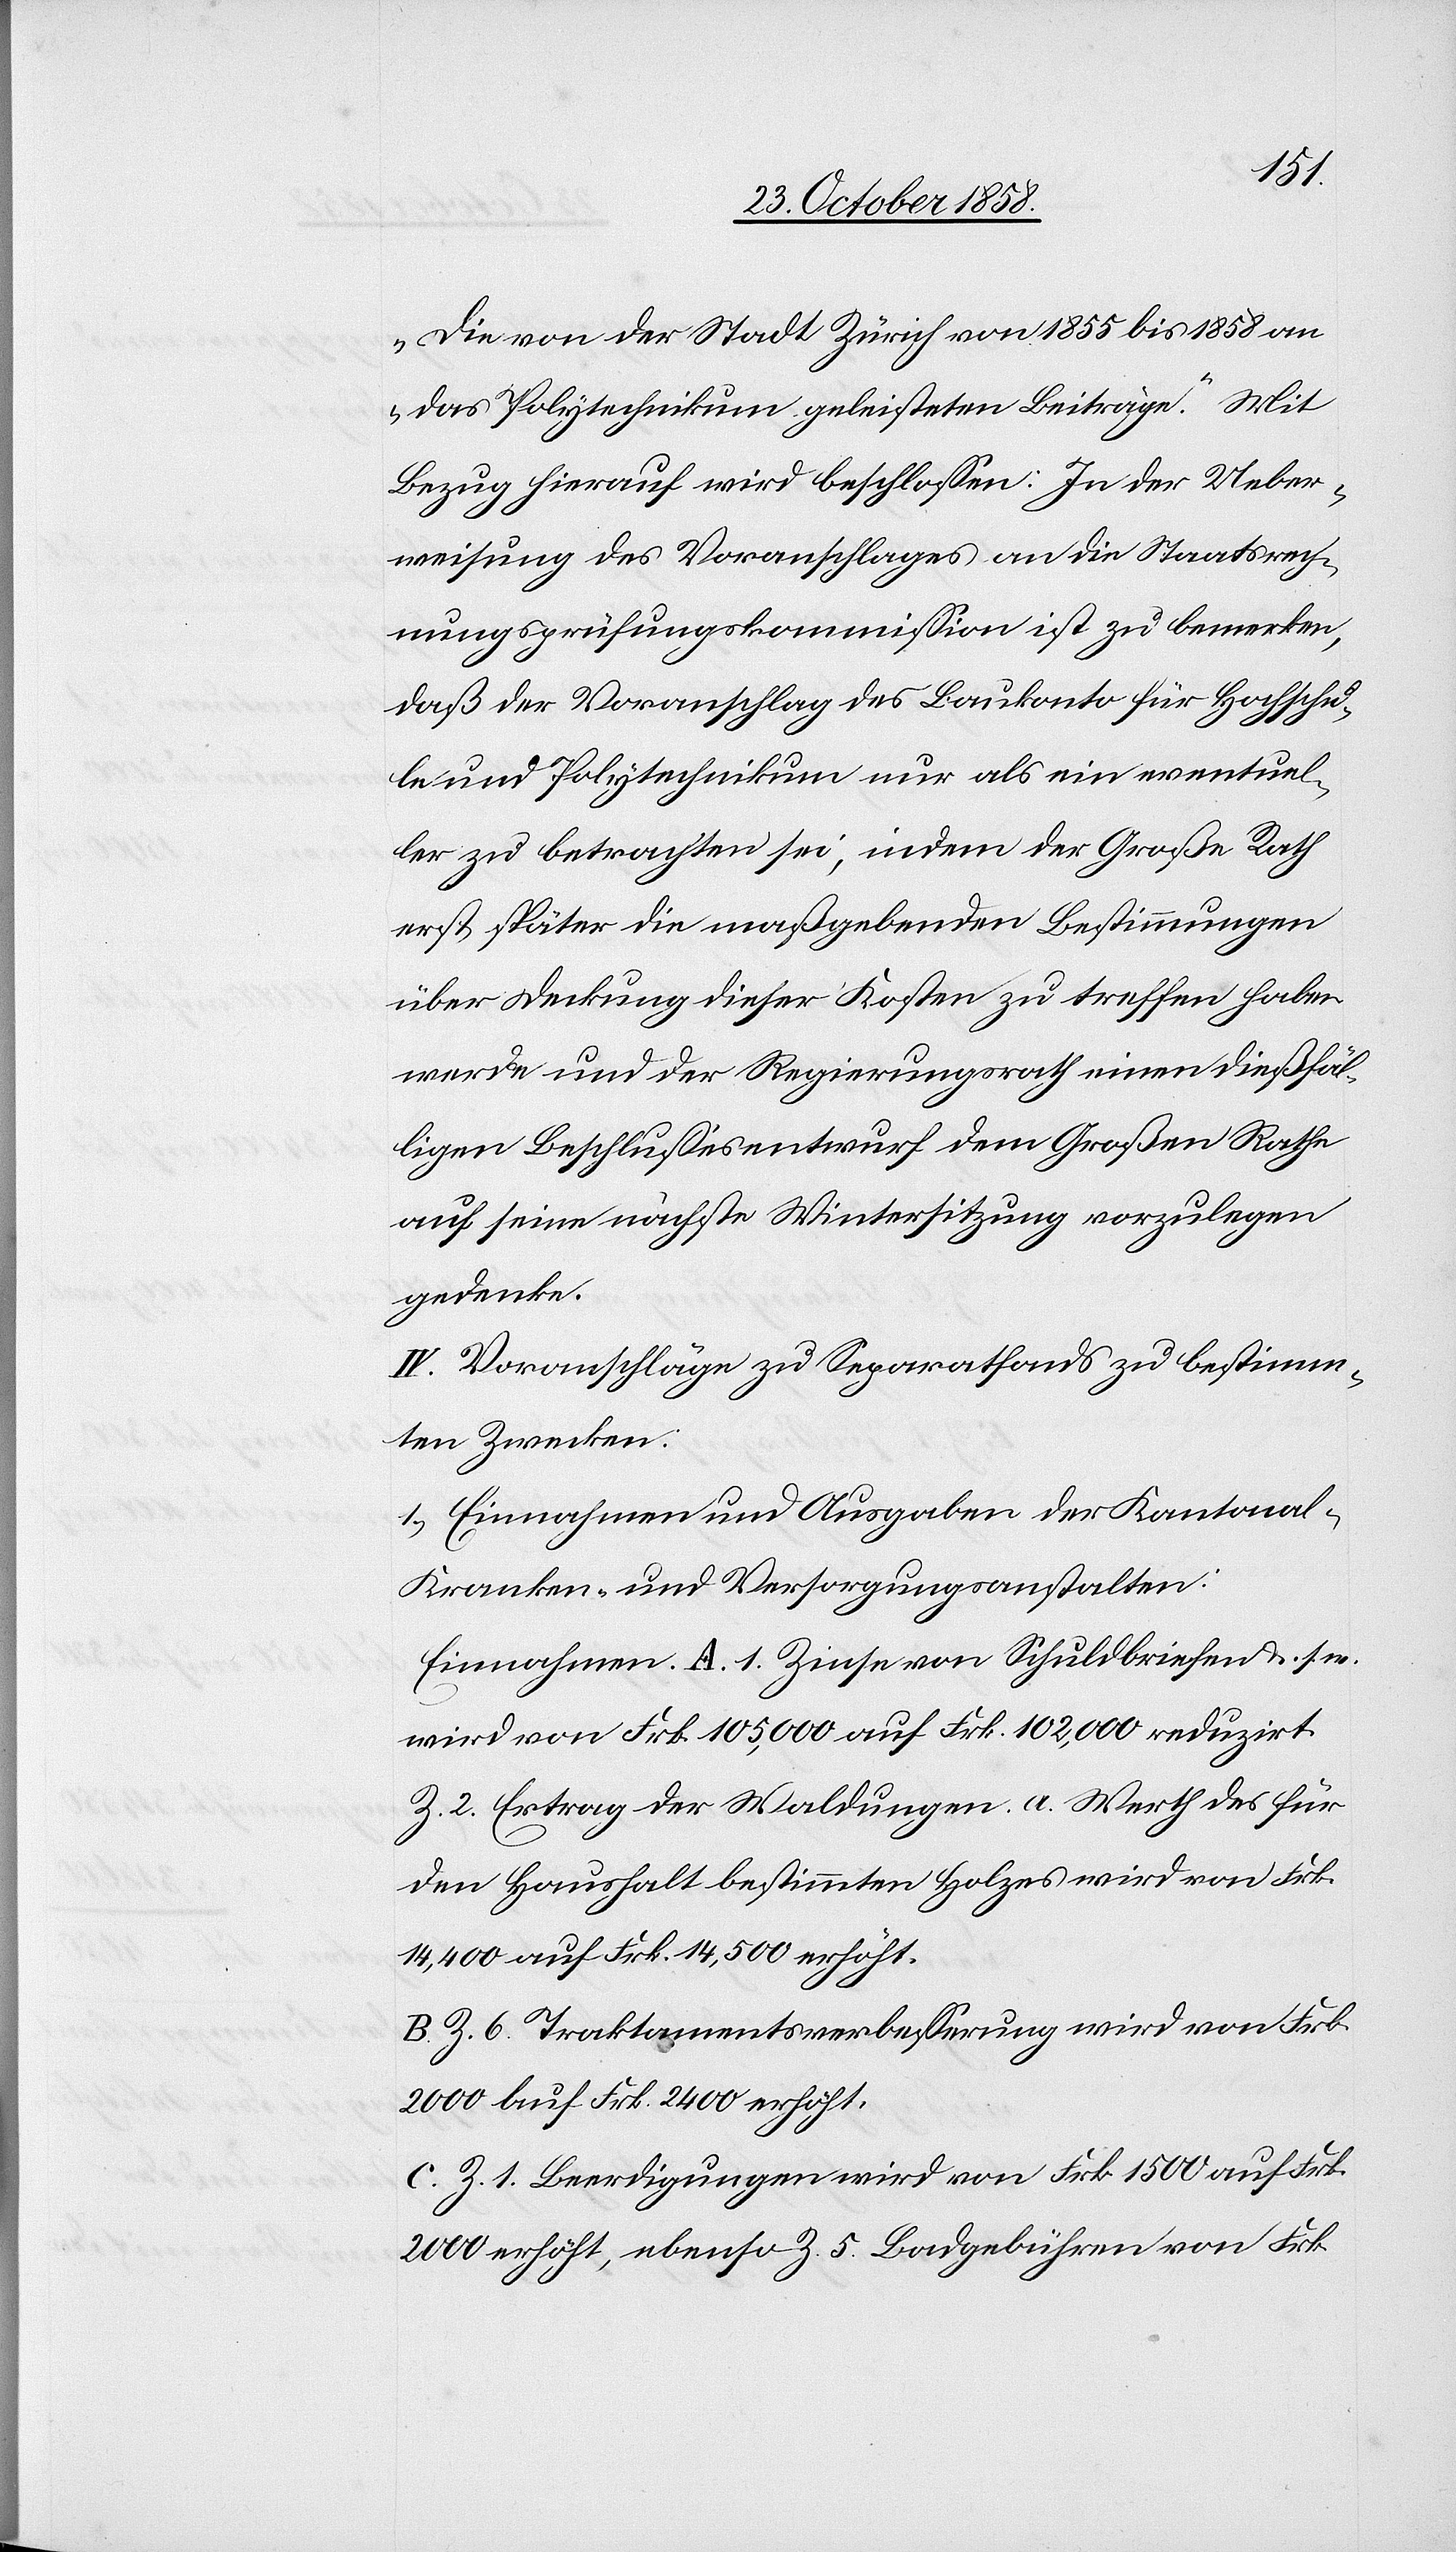
„Die von der Stadt Zürich von 1855 bis 1858 an
das Polytechnikum geleisteten Beiträge.“ Mit
Bezug hierauf wird beschlossen: In der Ueber¬
weisung des Voranschlages an die Staatsrech¬
nungsprüfungskommission ist zu bemerken,
daß der Voranschlag des Baukonto für Hochschu¬
le und Polytechnikum nur als ein eventuel¬
ler zu betrachten sei, indem der Große Rath
erst später die maßgebenden Bestimmungen
über Deckung dieser Kosten zu treffen haben
werde und der Regierungsrath einen dießfäl¬
ligen Beschlussesentwurf dem Großen Rathe
auf seine nächste Wintersitzung vorzulegen
gedenke.
IV. Voranschläge zu Separatfonds zu bestimm¬
ten Zwecken:
1.) Einnahmen und Ausgaben der Kantona¬
l-Kranken- und Versorgungsanstalten:
Einnahmen. A. 1. Zinse von Schuldbriefen &. s. w.
wird von Frk. 105,000 auf Frk. 102,000 reduzirt.
Z. 2. Ertrag der Waldungen. a. Werth des für
den Haushalt bestimmten Holzes wird von Frk.
14,400 auf Frk. 14,500 erhöht.
B. Z. 6. Traktamentsverbesserung wird von Frk.
2000 auf Frk. 2400 erhöht.
C. Z. 1. Beerdigungen wird von Frk. 1500 auf Frk.
2000 erhöht, ebenso Z. 5. Badgebühren von Frk.